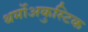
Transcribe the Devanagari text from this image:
थर्मोअकुस्टिक